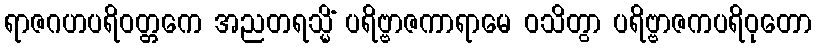
ရာဇဂဟပရိဝတ္တကေ အညတရသ္မိံ ပရိဗ္ဗာဇကာရာမေ ဝသိတွာ ပရိဗ္ဗာဇကပရိဝုတော